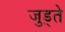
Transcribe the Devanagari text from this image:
जुड़्ते